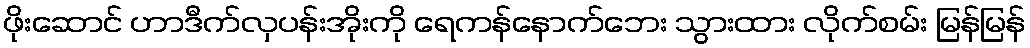
ဖိုးဆောင် ဟာဒီက်လှပန်းအိုးကို ရေကန်နောက်ဘေး သွားထား လိုက်စမ်း မြန်မြန်